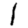
Digit: 1